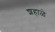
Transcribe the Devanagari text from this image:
शहाळे